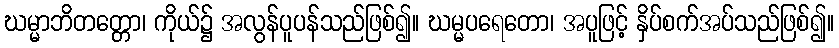
ဃမ္မာဘိတတ္တော၊ ကိုယ်၌ အလွန်ပူပန်သည်ဖြစ်၍။ ဃမ္မပရေတော၊ အပူဖြင့် နှိပ်စက်အပ်သည်ဖြစ်၍။